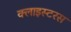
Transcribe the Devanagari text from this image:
क्लाइस्टरस